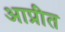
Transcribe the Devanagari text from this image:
आप्रीत